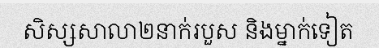
សិស្សសាលា២នាក់របួស និងម្នាក់ទៀត